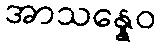
အာသန္နေဝ